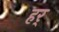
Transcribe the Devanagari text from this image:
हर्